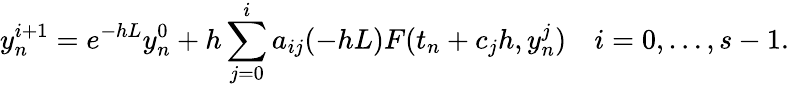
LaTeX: y_{n}^{i+1}=e^{-hL}y_{n}^{0}+h\sum_{j=0}^{i}a_{ij}(-hL)F(t_{n}+c_{j}h,y_{n}^{j})\quad i=0,\dots,s-1.